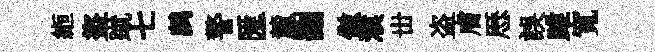
縆盜蹴七鹧警匯麓删傲濮丗盗膚厯誤雎寬